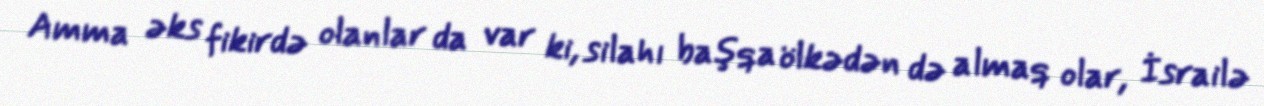
Amma əks fikirdə olanlar da var ki, silahı başqa ölkədən də almaq olar, İsrailə